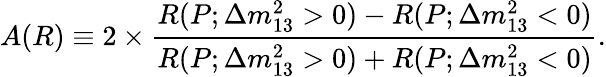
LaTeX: A(R)\equiv 2\times\frac{R(P;\Delta m_{13}^{2}>0)-R(P;\Delta m_{13}^{2}<0)}{R(P;\Delta m_{13}^{2}>0)+R(P;\Delta m_{13}^{2}<0)}.